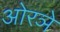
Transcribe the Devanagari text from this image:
ओरञे